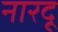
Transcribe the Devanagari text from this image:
नारदू